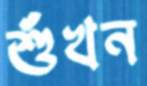
শুঁখন